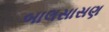
બાલસાસણ